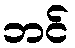
ဘင်